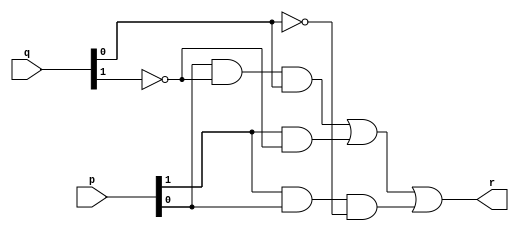
module greater(
        input wire[1:0] p, q,
        output wire r

    );
   
    wire a , b, c;
   // bitwise comparison
    assign a = p[0]&~q[1]&q[0]; 
    assign b = p[1]&~q[1];
    assign c = p[1]&p[0]&~q[0];
   
    assign r = a|b|c;
   
   
endmodule